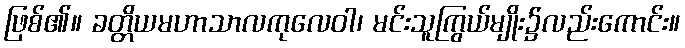
ဖြစ်၏။ ခတ္တိယမဟာသာလကုလေဝါ၊ မင်းသူကြွယ်မျိုး၌လည်းကောင်း။